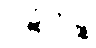
ပါဋိကဉ္စ